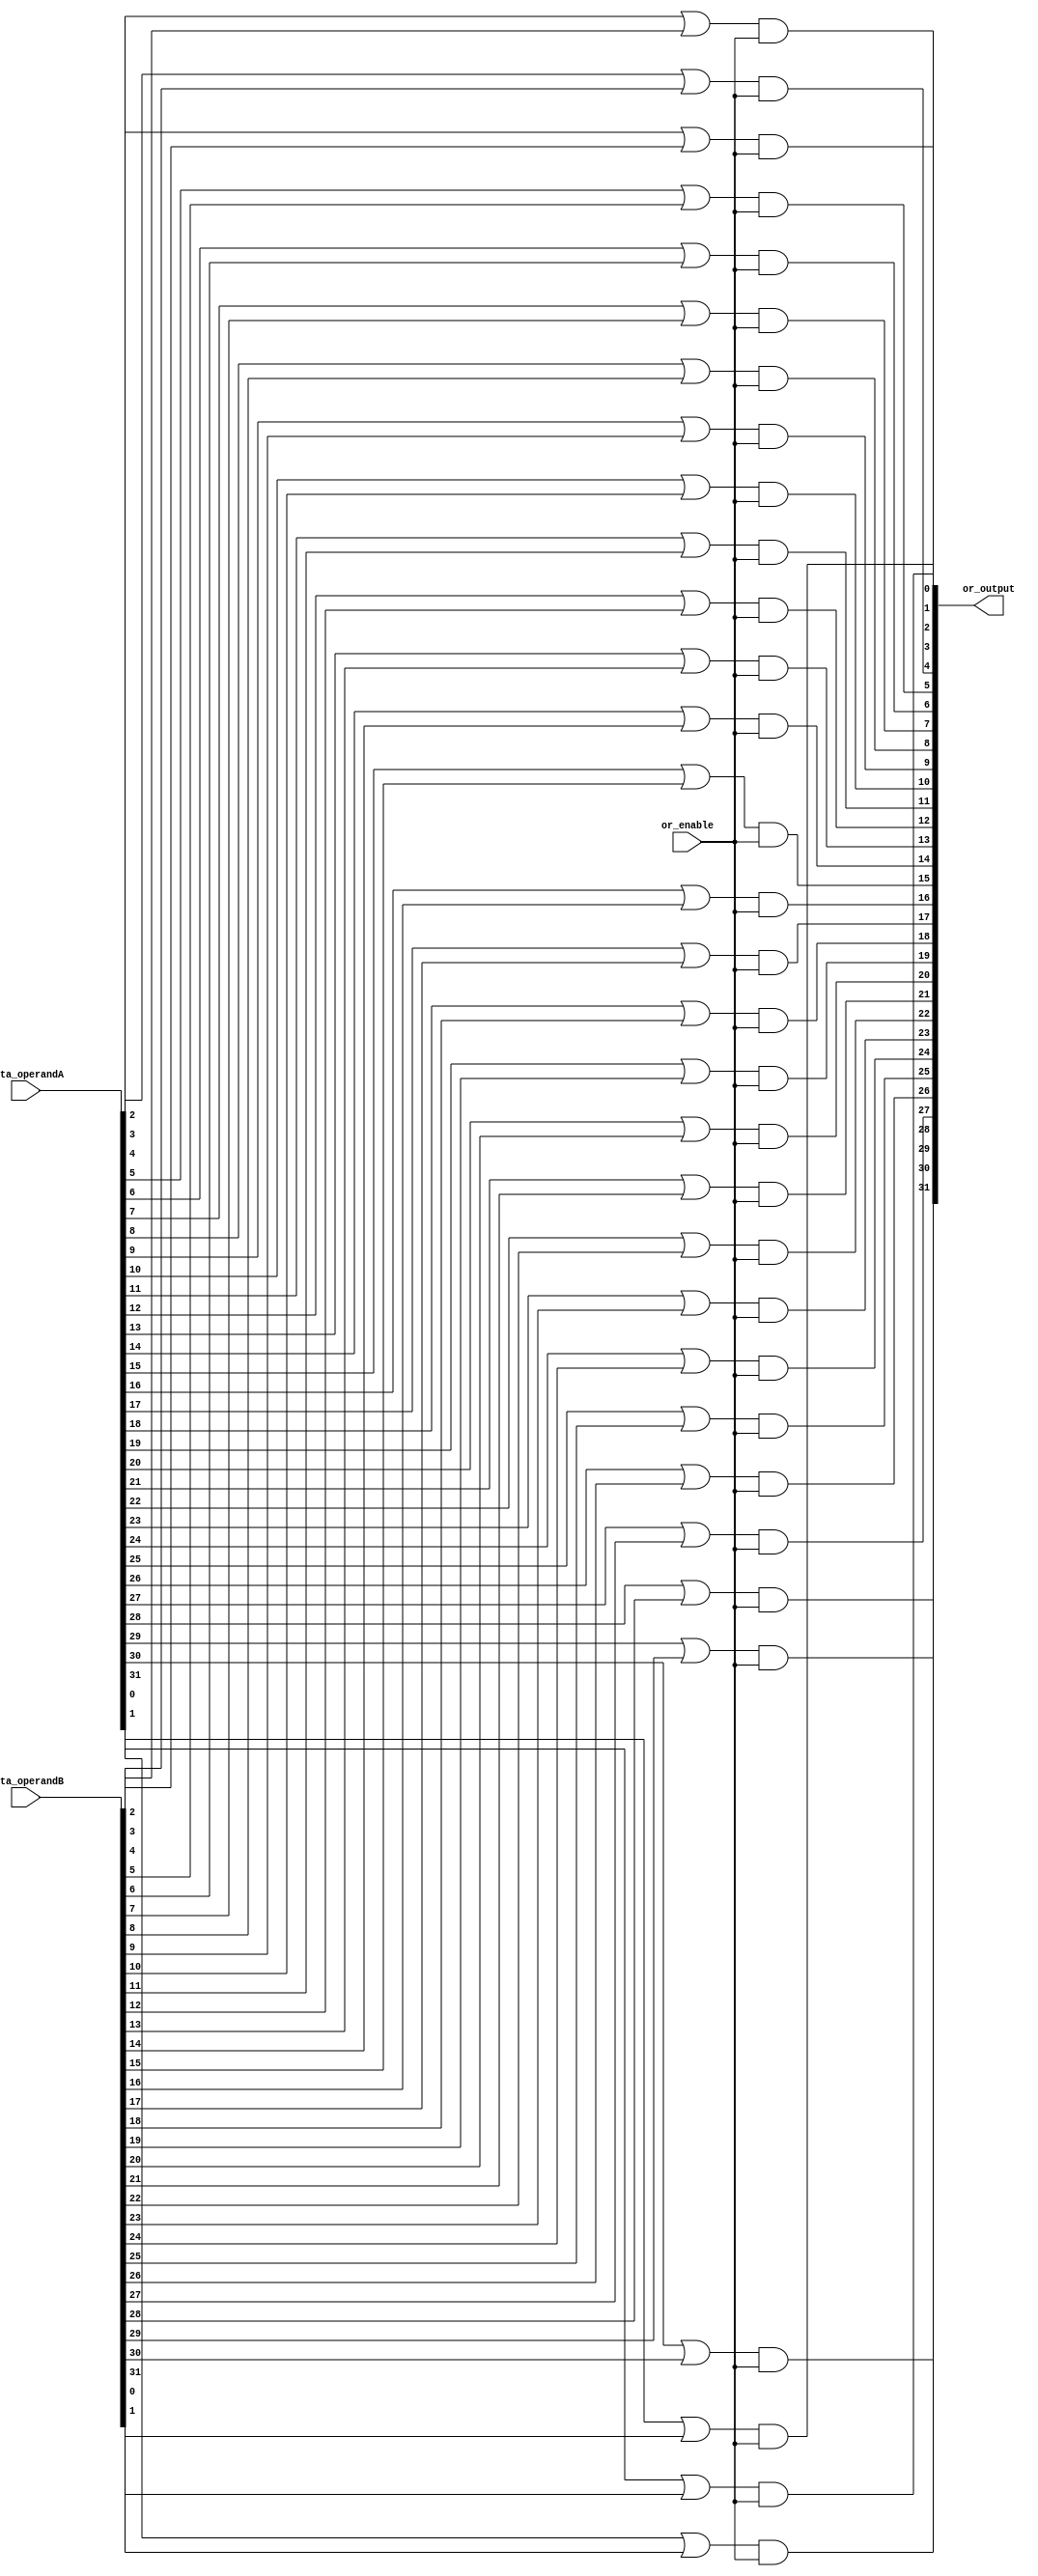
module or_32(data_operandA, data_operandB, or_enable, or_output);

	input [31:0] data_operandA, data_operandB;
	input or_enable;
	wire [31:0] ors;
	output [31:0] or_output;
	
	or or_0(ors[0], data_operandA[0], data_operandB[0]);
	or or_1(ors[1], data_operandA[1], data_operandB[1]);
	or or_2(ors[2], data_operandA[2], data_operandB[2]);
	or or_3(ors[3], data_operandA[3], data_operandB[3]);
	or or_4(ors[4], data_operandA[4], data_operandB[4]);
	or or_5(ors[5], data_operandA[5], data_operandB[5]);
	or or_6(ors[6], data_operandA[6], data_operandB[6]);
	or or_7(ors[7], data_operandA[7], data_operandB[7]);
	or or_8(ors[8], data_operandA[8], data_operandB[8]);
	or or_9(ors[9], data_operandA[9], data_operandB[9]);
	or or_10(ors[10], data_operandA[10], data_operandB[10]);
	or or_11(ors[11], data_operandA[11], data_operandB[11]);
	or or_12(ors[12], data_operandA[12], data_operandB[12]);
	or or_13(ors[13], data_operandA[13], data_operandB[13]);
	or or_14(ors[14], data_operandA[14], data_operandB[14]);
	or or_15(ors[15], data_operandA[15], data_operandB[15]);
	or or_16(ors[16], data_operandA[16], data_operandB[16]);
	or or_17(ors[17], data_operandA[17], data_operandB[17]);
	or or_18(ors[18], data_operandA[18], data_operandB[18]);
	or or_19(ors[19], data_operandA[19], data_operandB[19]);
	or or_20(ors[20], data_operandA[20], data_operandB[20]);
	or or_21(ors[21], data_operandA[21], data_operandB[21]);
	or or_22(ors[22], data_operandA[22], data_operandB[22]);
	or or_23(ors[23], data_operandA[23], data_operandB[23]);
	or or_24(ors[24], data_operandA[24], data_operandB[24]);
	or or_25(ors[25], data_operandA[25], data_operandB[25]);
	or or_26(ors[26], data_operandA[26], data_operandB[26]);
	or or_27(ors[27], data_operandA[27], data_operandB[27]);
	or or_28(ors[28], data_operandA[28], data_operandB[28]);
	or or_29(ors[29], data_operandA[29], data_operandB[29]);
	or or_30(ors[30], data_operandA[30], data_operandB[30]);
	or or_31(ors[31], data_operandA[31], data_operandB[31]);
	and and_0(or_output[0], ors[0], or_enable);
	and and_1(or_output[1], ors[1], or_enable);
	and and_2(or_output[2], ors[2], or_enable);
	and and_3(or_output[3], ors[3], or_enable);
	and and_4(or_output[4], ors[4], or_enable);
	and and_5(or_output[5], ors[5], or_enable);
	and and_6(or_output[6], ors[6], or_enable);
	and and_7(or_output[7], ors[7], or_enable);
	and and_8(or_output[8], ors[8], or_enable);
	and and_9(or_output[9], ors[9], or_enable);
	and and_10(or_output[10], ors[10], or_enable);
	and and_11(or_output[11], ors[11], or_enable);
	and and_12(or_output[12], ors[12], or_enable);
	and and_13(or_output[13], ors[13], or_enable);
	and and_14(or_output[14], ors[14], or_enable);
	and and_15(or_output[15], ors[15], or_enable);
	and and_16(or_output[16], ors[16], or_enable);
	and and_17(or_output[17], ors[17], or_enable);
	and and_18(or_output[18], ors[18], or_enable);
	and and_19(or_output[19], ors[19], or_enable);
	and and_20(or_output[20], ors[20], or_enable);
	and and_21(or_output[21], ors[21], or_enable);
	and and_22(or_output[22], ors[22], or_enable);
	and and_23(or_output[23], ors[23], or_enable);
	and and_24(or_output[24], ors[24], or_enable);
	and and_25(or_output[25], ors[25], or_enable);
	and and_26(or_output[26], ors[26], or_enable);
	and and_27(or_output[27], ors[27], or_enable);
	and and_28(or_output[28], ors[28], or_enable);
	and and_29(or_output[29], ors[29], or_enable);
	and and_30(or_output[30], ors[30], or_enable);
	and and_31(or_output[31], ors[31], or_enable);
	
endmodule